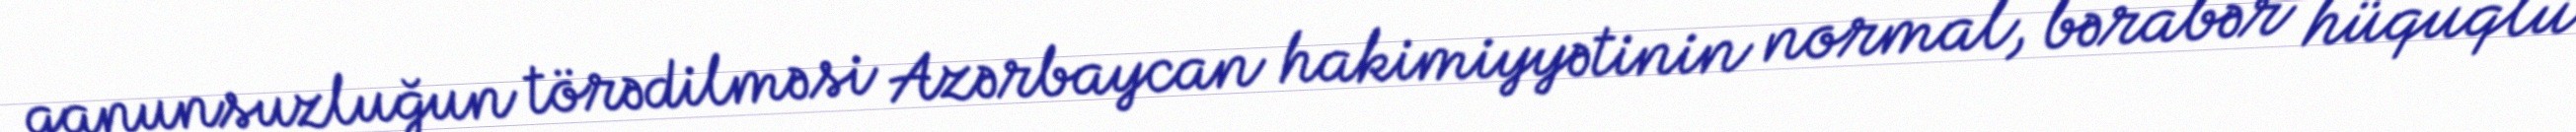
qanunsuzluğun törədilməsi Azərbaycan hakimiyyətinin normal, bərabər hüquqlu